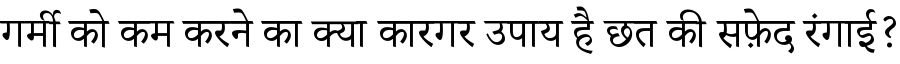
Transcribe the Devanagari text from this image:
गर्मी को कम करने का क्या कारगर उपाय है छत की सफ़ेद रंगाई?